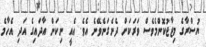
ޔުސްރާގެ މިޒާޖުކޮންމެވެސް ވަރަކަށް ދެނެގަނެވޭނެ އެވެ. އެއީ ނިކަން އާދައިގެ އަދި އެހާމެ